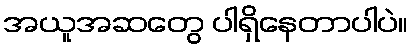
အယူအဆတွေ ပါရှိနေတာပါပဲ။